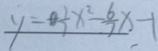
y = \frac { 1 } { 7 } x ^ { 2 } - \frac { 6 } { 7 } x - 1